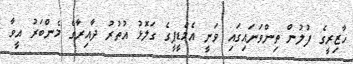
ހާޒިރީގެ ފުލުން ތިންވަނައިގައި ވަނީ އެމްޑީޕީގެ ގަލޮޅު އުތުރު ދާއިރާގެ މެންބަރު އީވާ